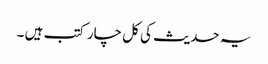
یہ حدیث کی کل چار کتب ہیں ۔